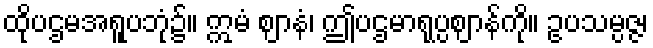
ထိုပဌမအရူပဘုံ၌။ ဣမံ ဈာနံ၊ ဤပဌမာရုပ္ပဈာန်ကို။ ဥပသမ္ပဇ္ဇ၊